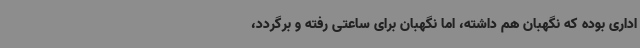
اداری بوده که نگهبان هم داشته، اما نگهبان برای ساعتی رفته و برگردد،